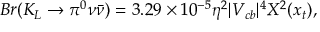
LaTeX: B r ( K _ { L } \to \pi ^ { 0 } \nu \bar { \nu } ) = 3 . 2 9 \times 1 0 ^ { - 5 } \eta ^ { 2 } | V _ { c b } | ^ { 4 } X ^ { 2 } ( x _ { t } ) ,